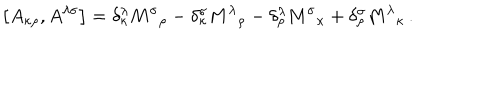
\left[ A _ { \kappa \rho } , A ^ { \lambda \sigma } \right] = \delta _ { \kappa } ^ { \lambda } { M ^ { \sigma } } _ { \rho } - \delta _ { \kappa } ^ { \sigma } { M ^ { \lambda } } _ { \rho } - \delta _ { \rho } ^ { \lambda } { M ^ { \sigma } } _ { \kappa } + \delta _ { \rho } ^ { \sigma } { M ^ { \lambda } } _ { \kappa } \, .